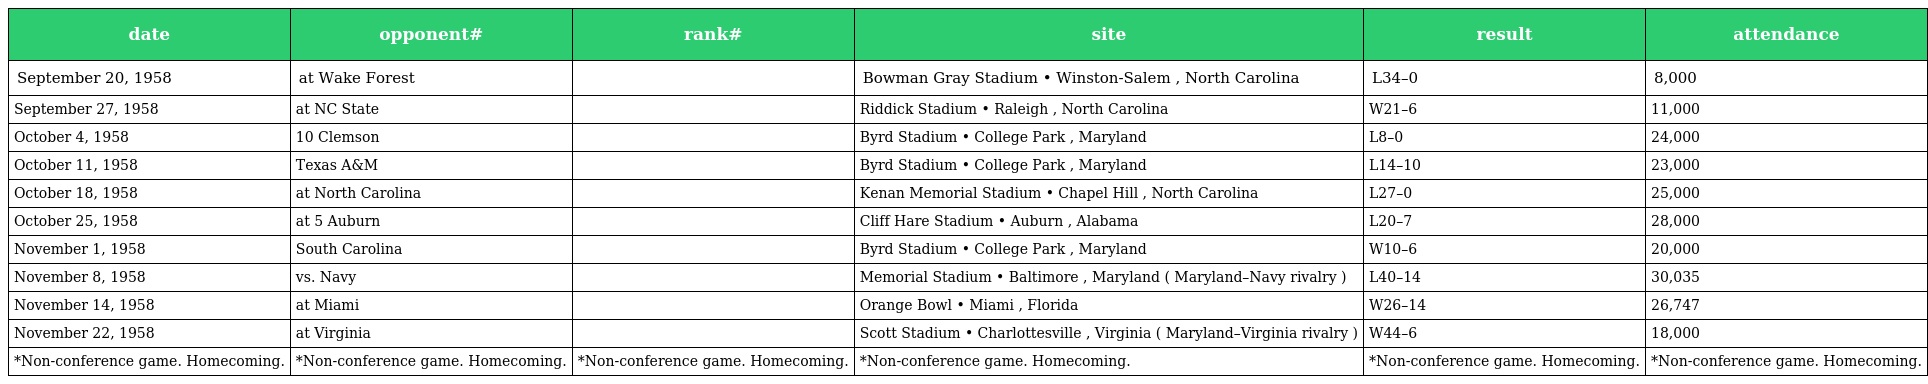
| date | opponent# | rank# | site | result | attendance |
 | --- | --- | --- | --- | --- | --- |
 | September 20, 1958 | at Wake Forest |  | Bowman Gray Stadium • Winston-Salem , North Carolina | L34–0 | 8,000 |
 | September 27, 1958 | at NC State |  | Riddick Stadium • Raleigh , North Carolina | W21–6 | 11,000 |
 | October 4, 1958 | 10 Clemson |  | Byrd Stadium • College Park , Maryland | L8–0 | 24,000 |
 | October 11, 1958 | Texas A&M |  | Byrd Stadium • College Park , Maryland | L14–10 | 23,000 |
 | October 18, 1958 | at North Carolina |  | Kenan Memorial Stadium • Chapel Hill , North Carolina | L27–0 | 25,000 |
 | October 25, 1958 | at 5 Auburn |  | Cliff Hare Stadium • Auburn , Alabama | L20–7 | 28,000 |
 | November 1, 1958 | South Carolina |  | Byrd Stadium • College Park , Maryland | W10–6 | 20,000 |
 | November 8, 1958 | vs. Navy |  | Memorial Stadium • Baltimore , Maryland ( Maryland–Navy rivalry ) | L40–14 | 30,035 |
 | November 14, 1958 | at Miami |  | Orange Bowl • Miami , Florida | W26–14 | 26,747 |
 | November 22, 1958 | at Virginia |  | Scott Stadium • Charlottesville , Virginia ( Maryland–Virginia rivalry ) | W44–6 | 18,000 |
 | *Non-conference game. Homecoming. | *Non-conference game. Homecoming. | *Non-conference game. Homecoming. | *Non-conference game. Homecoming. | *Non-conference game. Homecoming. | *Non-conference game. Homecoming. |